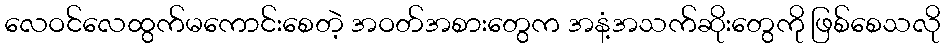
လေဝင်လေထွက်မကောင်းစေတဲ့ အဝတ်အစားတွေက အနံ့အသက်ဆိုးတွေကို ဖြစ်စေသလို